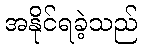
အနိုင်ရခဲ့သည်